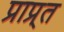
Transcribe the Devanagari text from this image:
प्राप्र्त